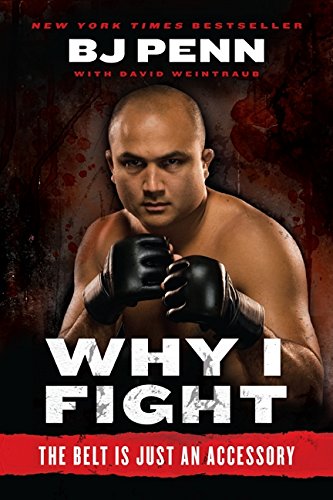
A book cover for Why I Fight: The Belt Is Just an Accessory; Jay Dee "B.J." Penn; Sports & Outdoors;